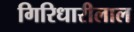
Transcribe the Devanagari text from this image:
गिरिधारीलाल